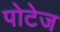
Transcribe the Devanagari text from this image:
पोटेज